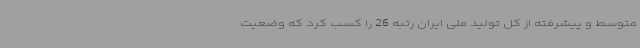
متوسط و پیشرفته از کل تولید ملی ایران رتبه 26 را کسب کرد که وضعیت